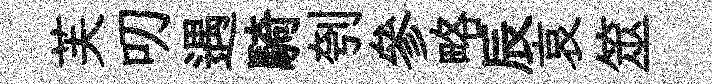
芙叨遇騎刳參略辰哀筮